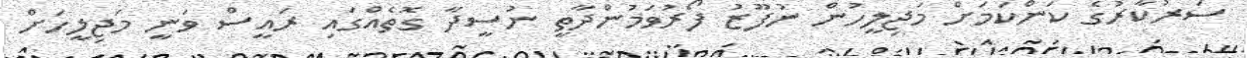
ސަރުކާރުގެ ކަންކަމަށް މަޖިލީހުން ނުފޫޒު ފޯރުވަމުންދާތީ ނުސީދާ ގޮތެއްގައި ރައީސް ވަނީ މަޖިލީހަށް